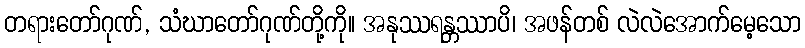
တရားတော်ဂုဏ်, သံဃာတော်ဂုဏ်တို့ကို။ အနုဿရန္တဿာပိ၊ အဖန်တစ် လဲလဲအောက်မေ့သော